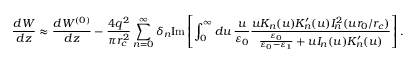
\frac { d W } { d z } \approx \frac { d W ^ { ( 0 ) } } { d z } - \frac { 4 q ^ { 2 } } { \pi r _ { c } ^ { 2 } } \sum _ { n = 0 } ^ { \infty } \delta _ { n } \mathrm { I m } \left[ \int _ { 0 } ^ { \infty } d u \, \frac { u } { \varepsilon _ { 0 } } \frac { u K _ { n } ( u ) K _ { n } ^ { \prime } ( u ) I _ { n } ^ { 2 } ( u r _ { 0 } / r _ { c } ) } { \frac { \varepsilon _ { 0 } } { \varepsilon _ { 0 } - \varepsilon _ { 1 } } + u I _ { n } ( u ) K _ { n } ^ { \prime } ( u ) } \right] .